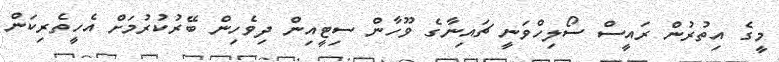
މީގެ އިތުރުން ރައީސް ސޯލިހްވަނީ ޗައިނާގެ ވޫހާން ސިޓީއިން ދިވެހިން ބޭރުކުރުމަށް އެހީތެރިކަން